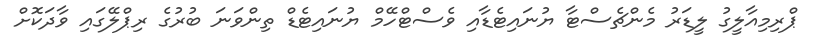
ޕްރިމިއާލީގު ލީޑަރު މެންޗެސްޓާ ޔުނައިޓެޑާއި ވެސްޓްހޭމް ޔުނައިޓެޑް ތިންވަނަ ބުރުގެ ރިޕްލޭގައި ވާދަކޮށް